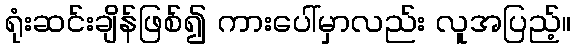
ရုံးဆင်းချိန်ဖြစ်၍ ကားပေါ်မှာလည်း လူအပြည့်။